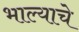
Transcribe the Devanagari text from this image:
भाल्याचे